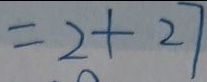
= 2 + 2 7